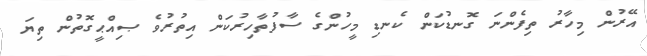
އޭރުން މިހާރު ތިފެންނަ ގޮނޑުކަން ކެނޑި މީހުންގެ ސާފުތާހިރުކަން އިތުރުވެ ޞިއްޙީގޮތުން ތިޔަ